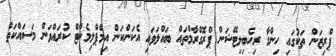
ޕްރިޒަން ތަކުގައި ހިންގާ ރިހެބިލިޓޭޝަން ޕްރޮގްރާމްތައް ބައްލަވައި އެކަންކަން އިމްޕްލިމެންޓް ކުރައްވަން މަސައްކަތް